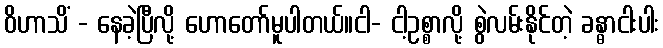
ဝိဟာသိံ - နေခဲ့ပြီလို့ ဟောတော်မူပါတယ်။ငါ- ငါ့ဥစ္စာလို့ စွဲလမ်းနိုင်တဲ့ ခန္ဓာငါးပါး